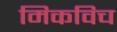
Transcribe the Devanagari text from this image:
मिकविच